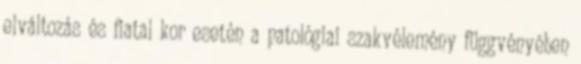
elváltozás és fiatal kor esetén a patológiai szakvélemény függvényében